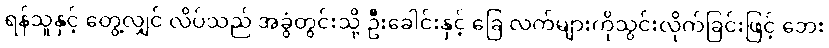
ရန်သူနှင့် တွေ့လျှင် လိပ်သည် အခွံတွင်းသို့ ဦးခေါင်းနှင့် ခြေ လက်များကိုသွင်းလိုက်ခြင်းဖြင့် ဘေး